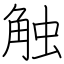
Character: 触